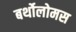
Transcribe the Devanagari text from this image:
बर्थोलोमस